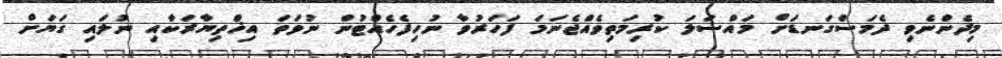
މިދެންނެވި ދެމަސްގަނޑަށް މައްސަލަ ކުރިމަތިވެއްޖެނަމަ ފަހަރުވާ ނުހިފެހެއްޓުން ނުވަތަ އިޚްތިޔާރަކާއި ނުލައި ގަޔަށް